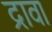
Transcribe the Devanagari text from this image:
द्रावा